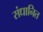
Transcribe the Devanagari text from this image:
संधानित